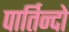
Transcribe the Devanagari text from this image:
पार्तिन्दो